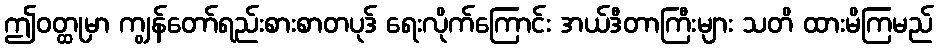
ဤဝတ္ထုမှာ ကျွန်တော်ရည်းစားစာတပုဒ် ရေးလိုက်ကြောင်း အယ်ဒီတာကြီးများ သတိ ထားမိကြမည်